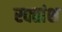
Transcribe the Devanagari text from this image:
रक्‍तांश